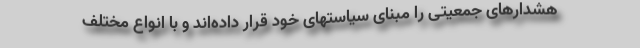
هشدارهای جمعیتی را مبنای سیاستهای خود قرار داده‌اند و با انواع مختلف